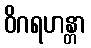
ဝိဂရဟန္တာ